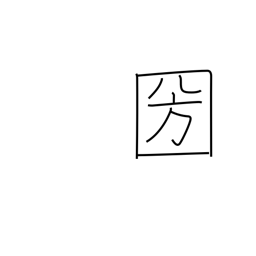
Meaning: country